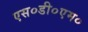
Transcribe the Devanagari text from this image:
एस०डी०एम०